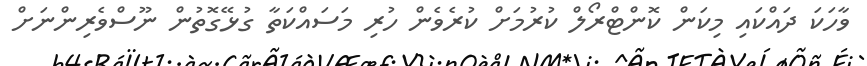
ވާހަކަ ދައްކައި މިކަން ކޮންޓްރޯލް ކުރުމަށް ކުރެވެން ހުރި މަސައްކަތާ ގުޅޭގޮތުން ނޫސްވެރިންނަށް